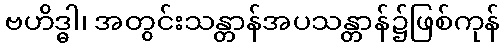
ဗဟိဒ္ဓါ၊ အတွင်းသန္တာန်အပသန္တာန်၌ဖြစ်ကုန်